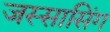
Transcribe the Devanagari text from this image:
जस्सासिंग